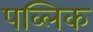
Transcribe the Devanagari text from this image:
पव्लिक